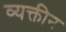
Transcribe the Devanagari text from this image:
व्यक्तीन